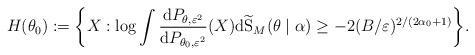
LaTeX: \begin{align*}H(\theta_{0}):=\bigg{\{}X:\log \int \frac{\mathrm{d}P_{\theta,\varepsilon^{2}}}{\mathrm{d}P_{\theta_{0},\varepsilon^{2}}}(X)\mathrm{d}\widetilde{\mathrm{S}}_{M}(\theta\mid\alpha) \geq -2 ( B / \varepsilon)^{2/(2\alpha_{0}+1)}\bigg{\}}.\end{align*}